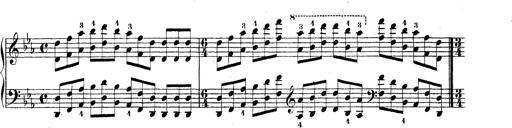
Title: Technische Studien
Composer: Franz Liszt